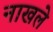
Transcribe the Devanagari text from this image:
नाखले